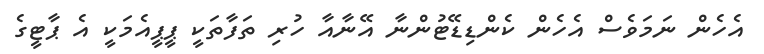
އެހެން ނަމަވެސް އެހެން ކެންޑިޑޭޓުންނާ އޭނާއާ ހުރި ތަފާތަކީ ޕީޕީއެމަކީ އެ ޕާޓީގެ